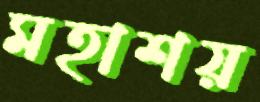
মহাশয়